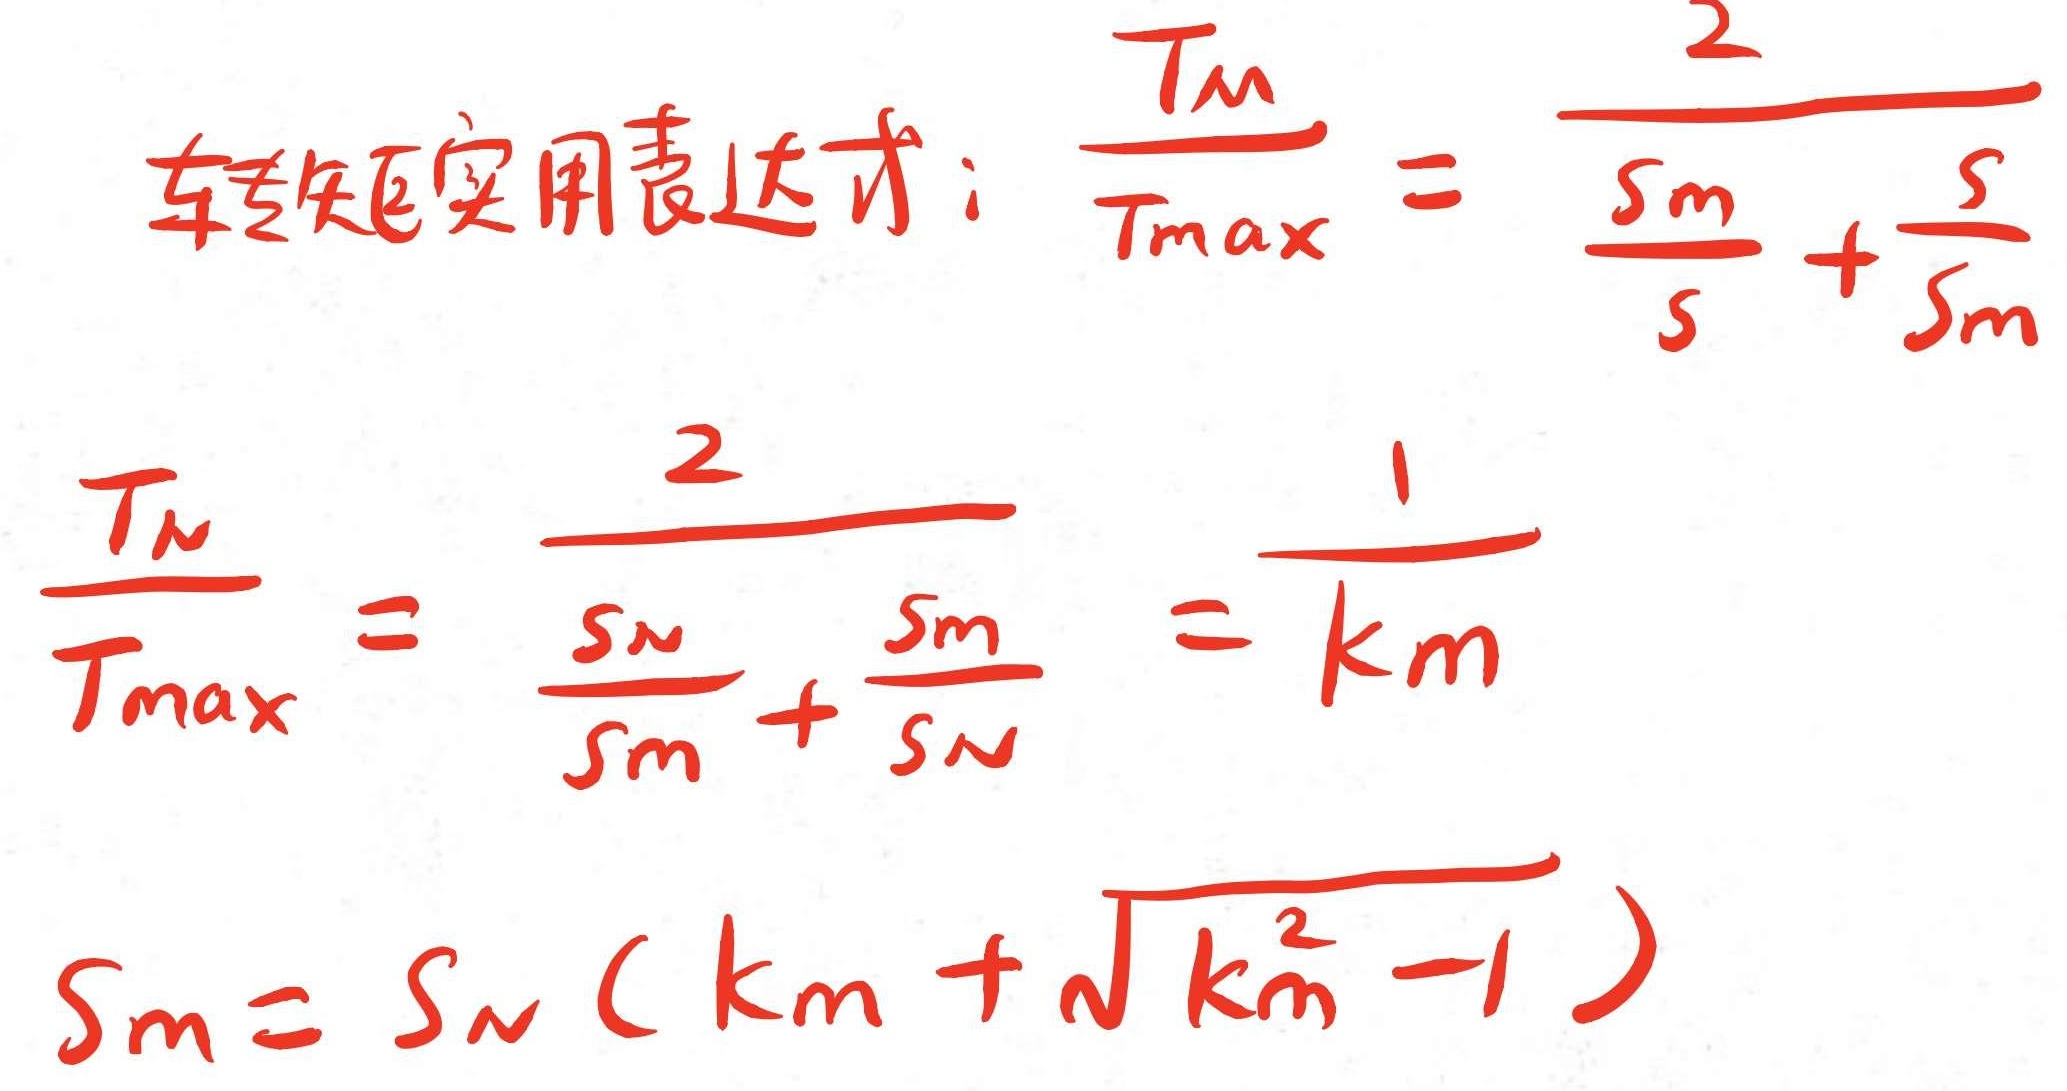
转矩实用表达式：$\frac{T_m}{T_{max}} = \frac{2}{\frac{s_m}{s} + \frac{s}{s_m}}$

$\frac{T_n}{T_{max}} = \frac{2}{\frac{s_n}{s_m} + \frac{s_m}{s_n}} = \frac{1}{k_m}$

$s_m = s_n (k_m + \sqrt{k_m^2 - 1})$